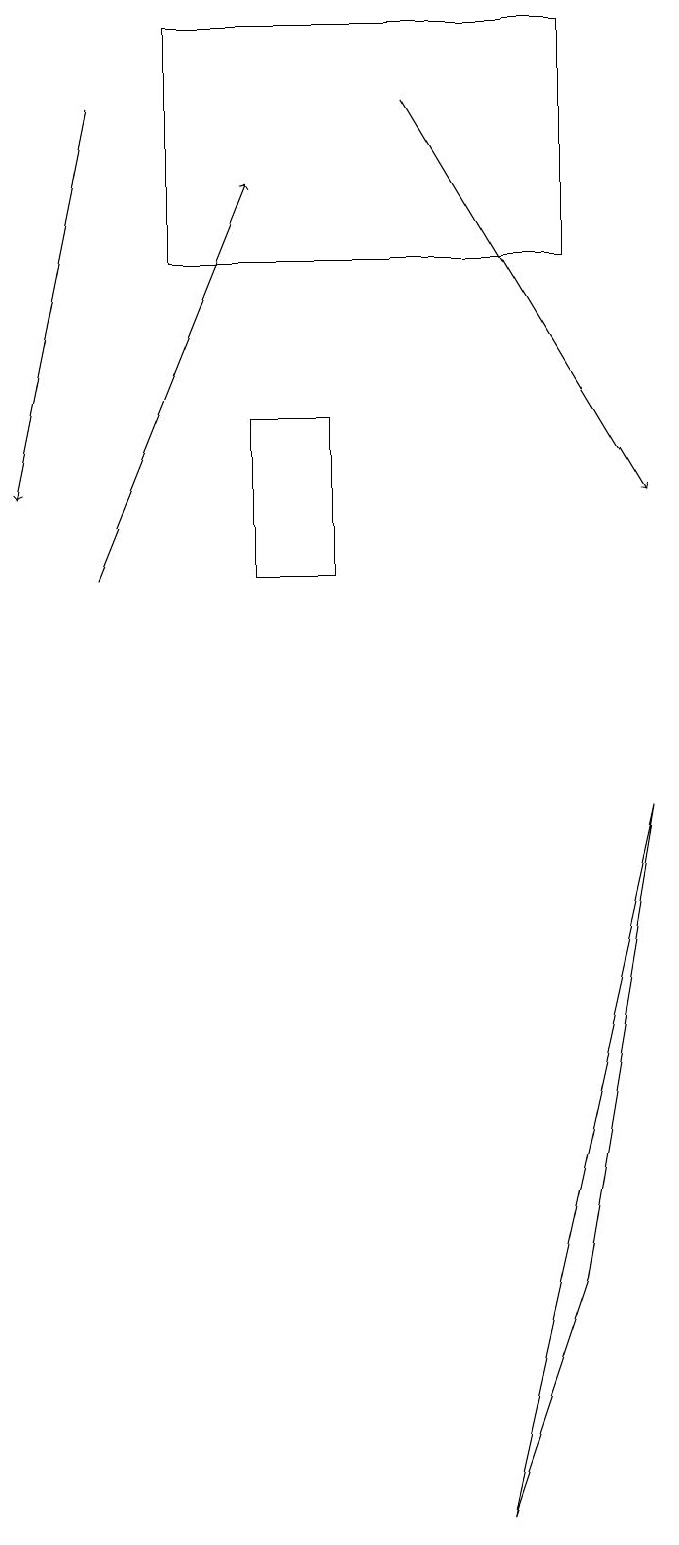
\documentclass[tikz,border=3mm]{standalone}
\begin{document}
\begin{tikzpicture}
\draw (7,3) -- (6,0) -- (8,9) -- cycle;
\draw[->] (1,12) -- (3,17);
\draw[->] (5,18) -- (8,13);
\draw[->] (1,18) -- (0,13);
\draw (3,12) rectangle (4,14);
\draw (7,16) rectangle (2,19);
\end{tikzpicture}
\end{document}